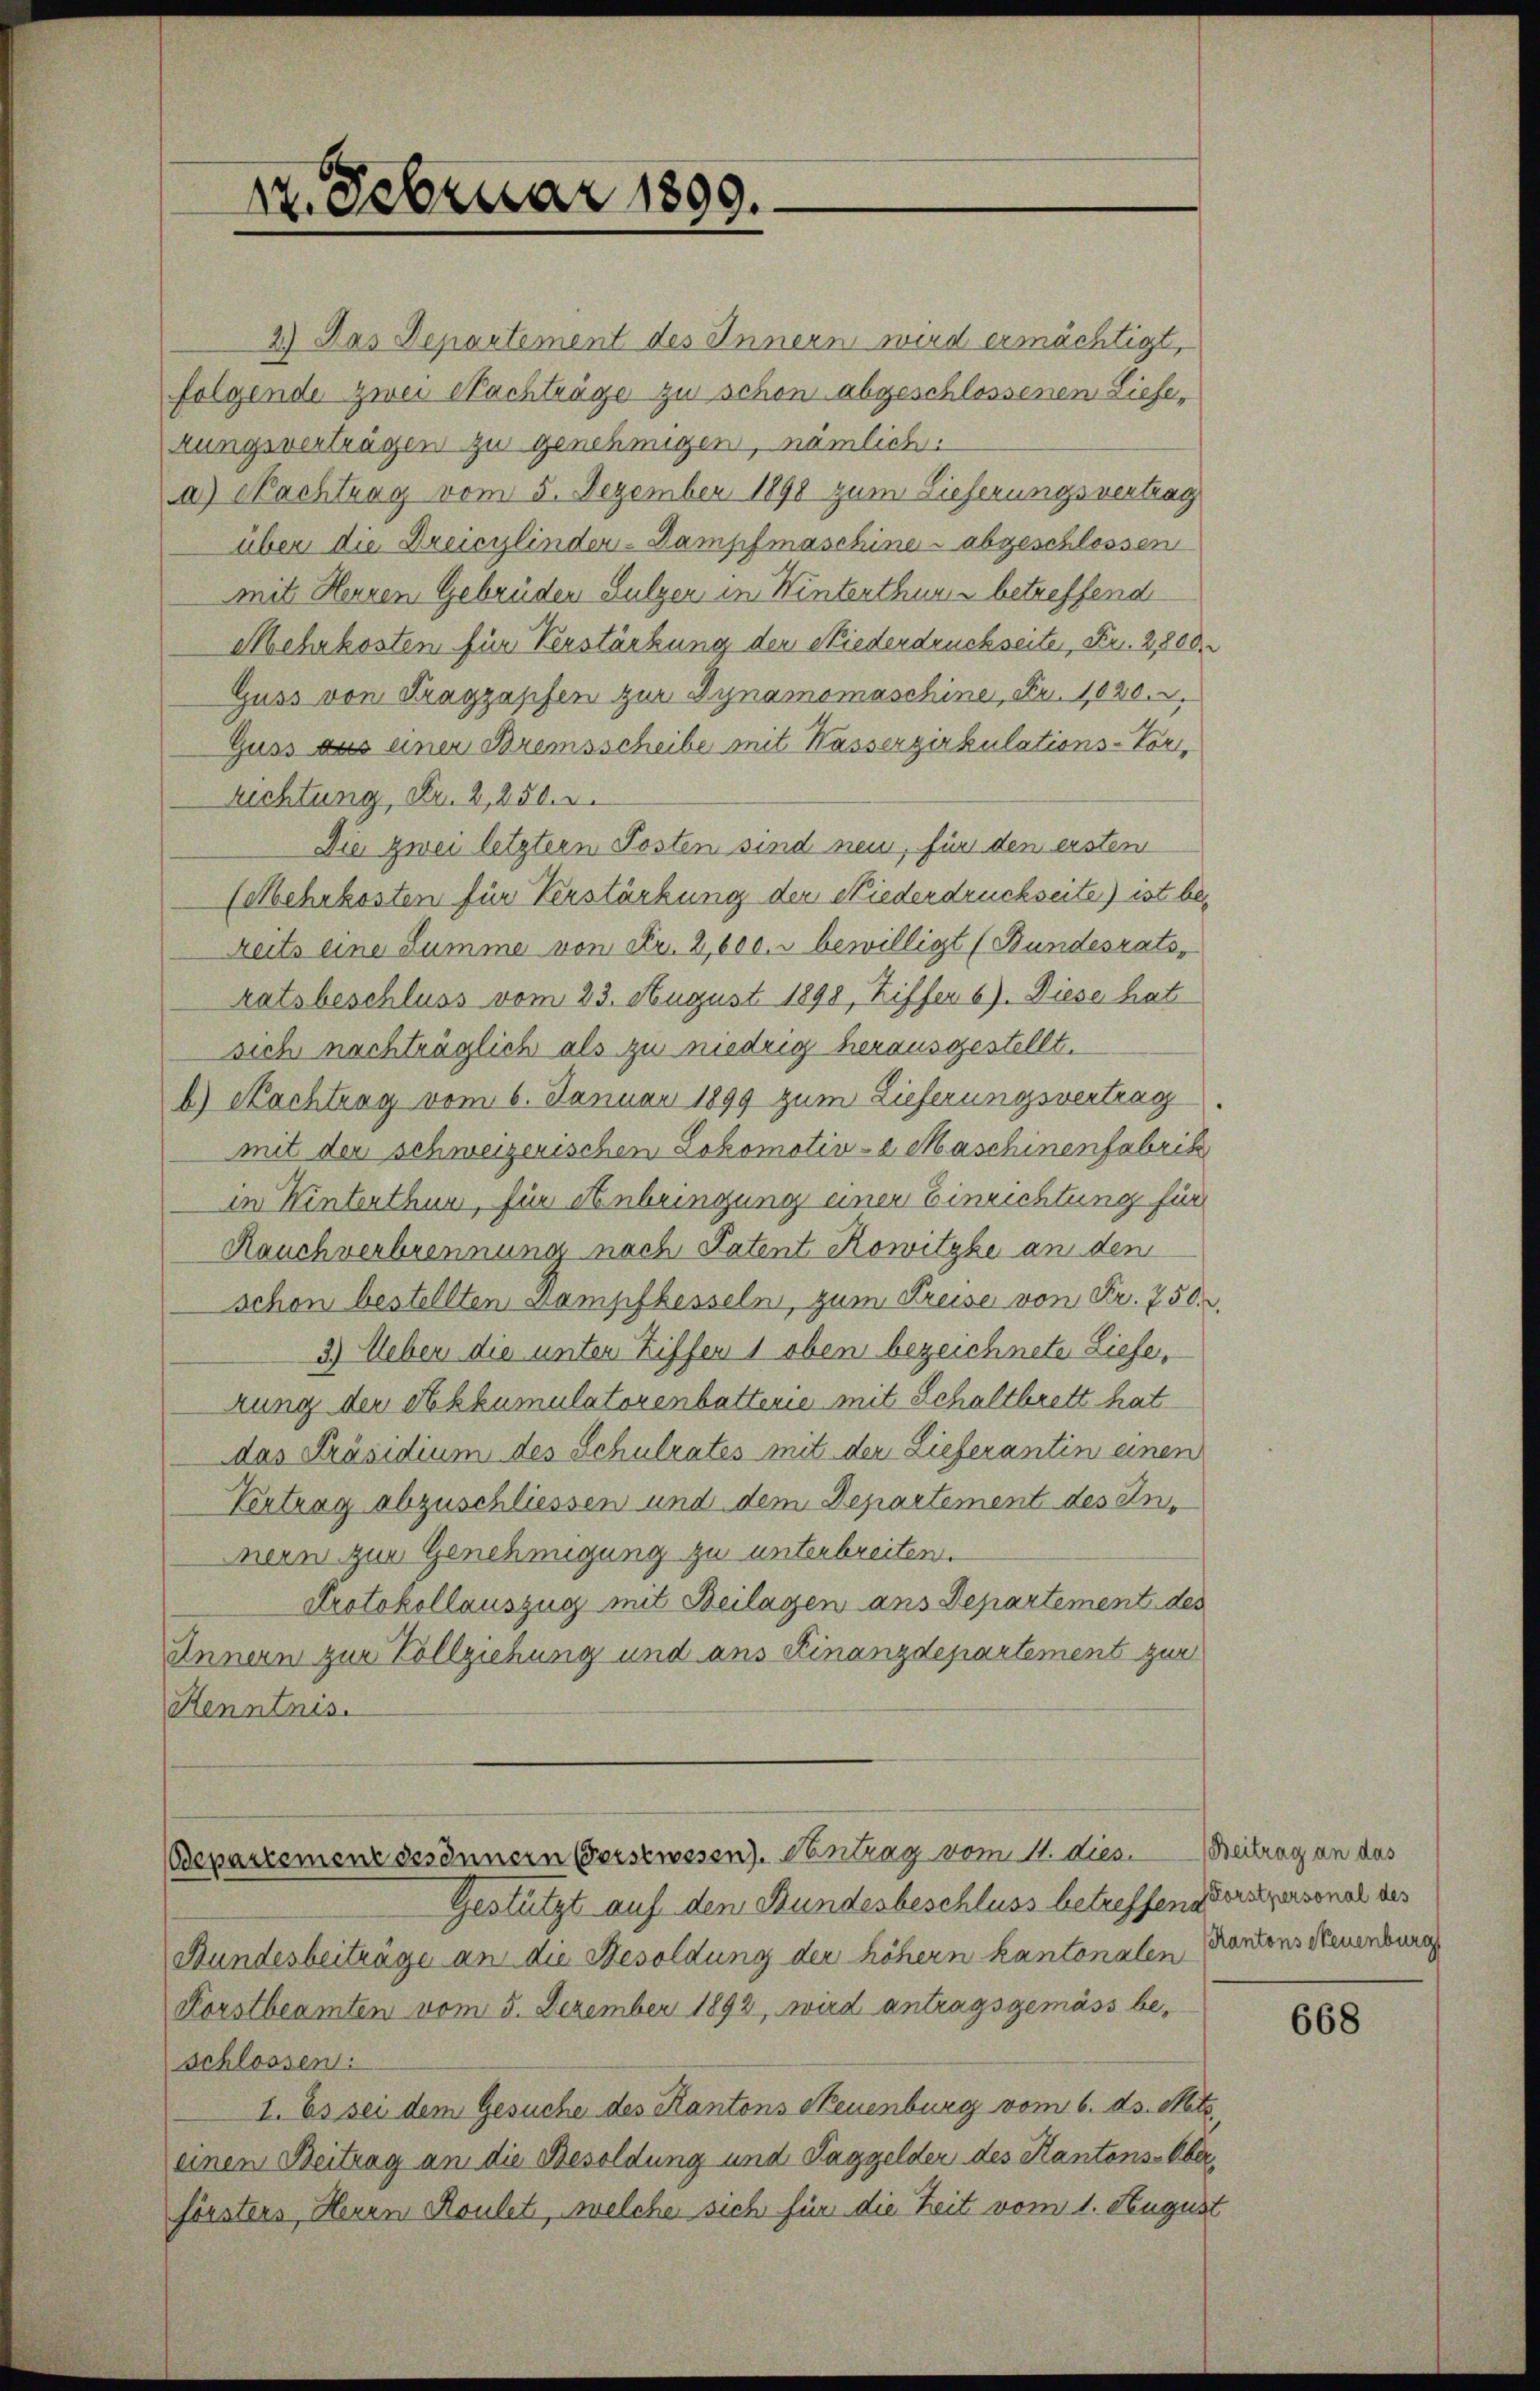
12. Februar 1890.

2.) Das Departement des Innern wird ermächtigt,
folgende zwei Nachträge zu schon abgeschlossenen Liefekungsverträgen zu genehmigen, nämlich:
a) Nachtrag vom 5. Dezember 1890 zum Lieferungsvertrag
über die Dreicylinden-Dampfmaschine - abgeschlossen
mit Herren Gebrüden Sulgen in Winterthums betreffend
Mehrkosten für Verstärkung der Niederdruckseite, Fr. 2,800.
Guss von Tragzapfen zur Dynamomaschine, Fr. 1020.
Guss das einer Bremsscheibe mit Wasserzirkulations-Vor
richtung, Fr. 2, 256.
Die zwei letztern Posten sind neu, für den ersten
(Mehrkosten für Verstärkung der Niederdruckseite) ist be-
Reits eine Summe von Fr. 2, 600. bewilligt (Bundesrats,
ratsbeschluss vom 23. August 1898, Ziffer 6). Diese hat
sich nachträglich als zu niedrig herausgestellt.
b) Nachtrag vom 6. Januar 1899 zum Lieferungsvertrag
mit der schweizerischen Lokomotive Maschinenfabrik
in Winterthur, für Anbringung einer Einrichtung für
Rauch verbrennung nach Patent Rowitzke an den
schon bestellten Kampfkesseln, zum Preise von Fr. 750.
3) Ueber die unter Ziffen 1 oben bezeichnete Liefe,
rung der Rehkumulatorenbatterie mit Schaltbrett hat
das Präsidium des Schulrates mit der Lieferantin einen
Vertrag abzuschliessen und dem Departement des Innern zur Genehmigung zu unterbreiten.
Protokollauszug mit Beilagen ans Departement des
Innern zur Vollziehung und aus Finanzdepartement zur
Henntnis.

Gestützt auf den Stundesbeschluss betreffend Forstpersonal des
Bundesbeiträge an die Besoldung der höhern kantonalen
Korstbeamten vom 5. Dezember 1892, wird antragsgemäss beschlossen:
I. Es sei dem Gesuche des Kantons Neuenburg vom 6. ds. Mts
einen Beitrag an die Besoldung und Taggelder des Kantons-Oberförsters, Herrn Roulet, welche sich für die Zeit vom 1. August

separtemenz desinnern Vorstwesen. Vontrag vom 11. dies. Beitrag an das

Kantons Neuenburg

668